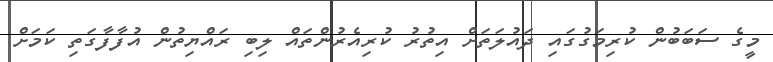
މީގެ ސަބަބުން ކުރިމަގުގައި ދައުލަތަށް އިތުރު ކުރިއެރުންތައް ލިބި ރައްޔިތުން އުފާފާގަތި ކަމަށް